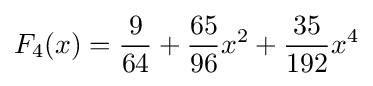
F_{4}(x)={\frac {9}{64}}+{\frac {65}{96}}x^{2}+{\frac {35}{192}}x^{4}